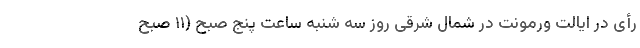
رأی در ایالت ورمونت در شمال شرقی روز سه شنبه ساعت پنج صبح (۱۱ صبح